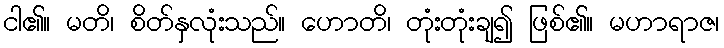
ငါ၏။ မတိ၊ စိတ်နှလုံးသည်။ ဟောတိ၊ တုံးတုံးချ၍ ဖြစ်၏။ မဟာရာဇ၊